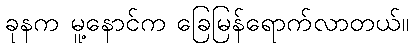
ခုနက မူ့နောင်က ခြေမြန်ရောက်လာတယ်။